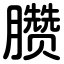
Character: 臜